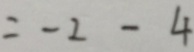
= - 2 - 4